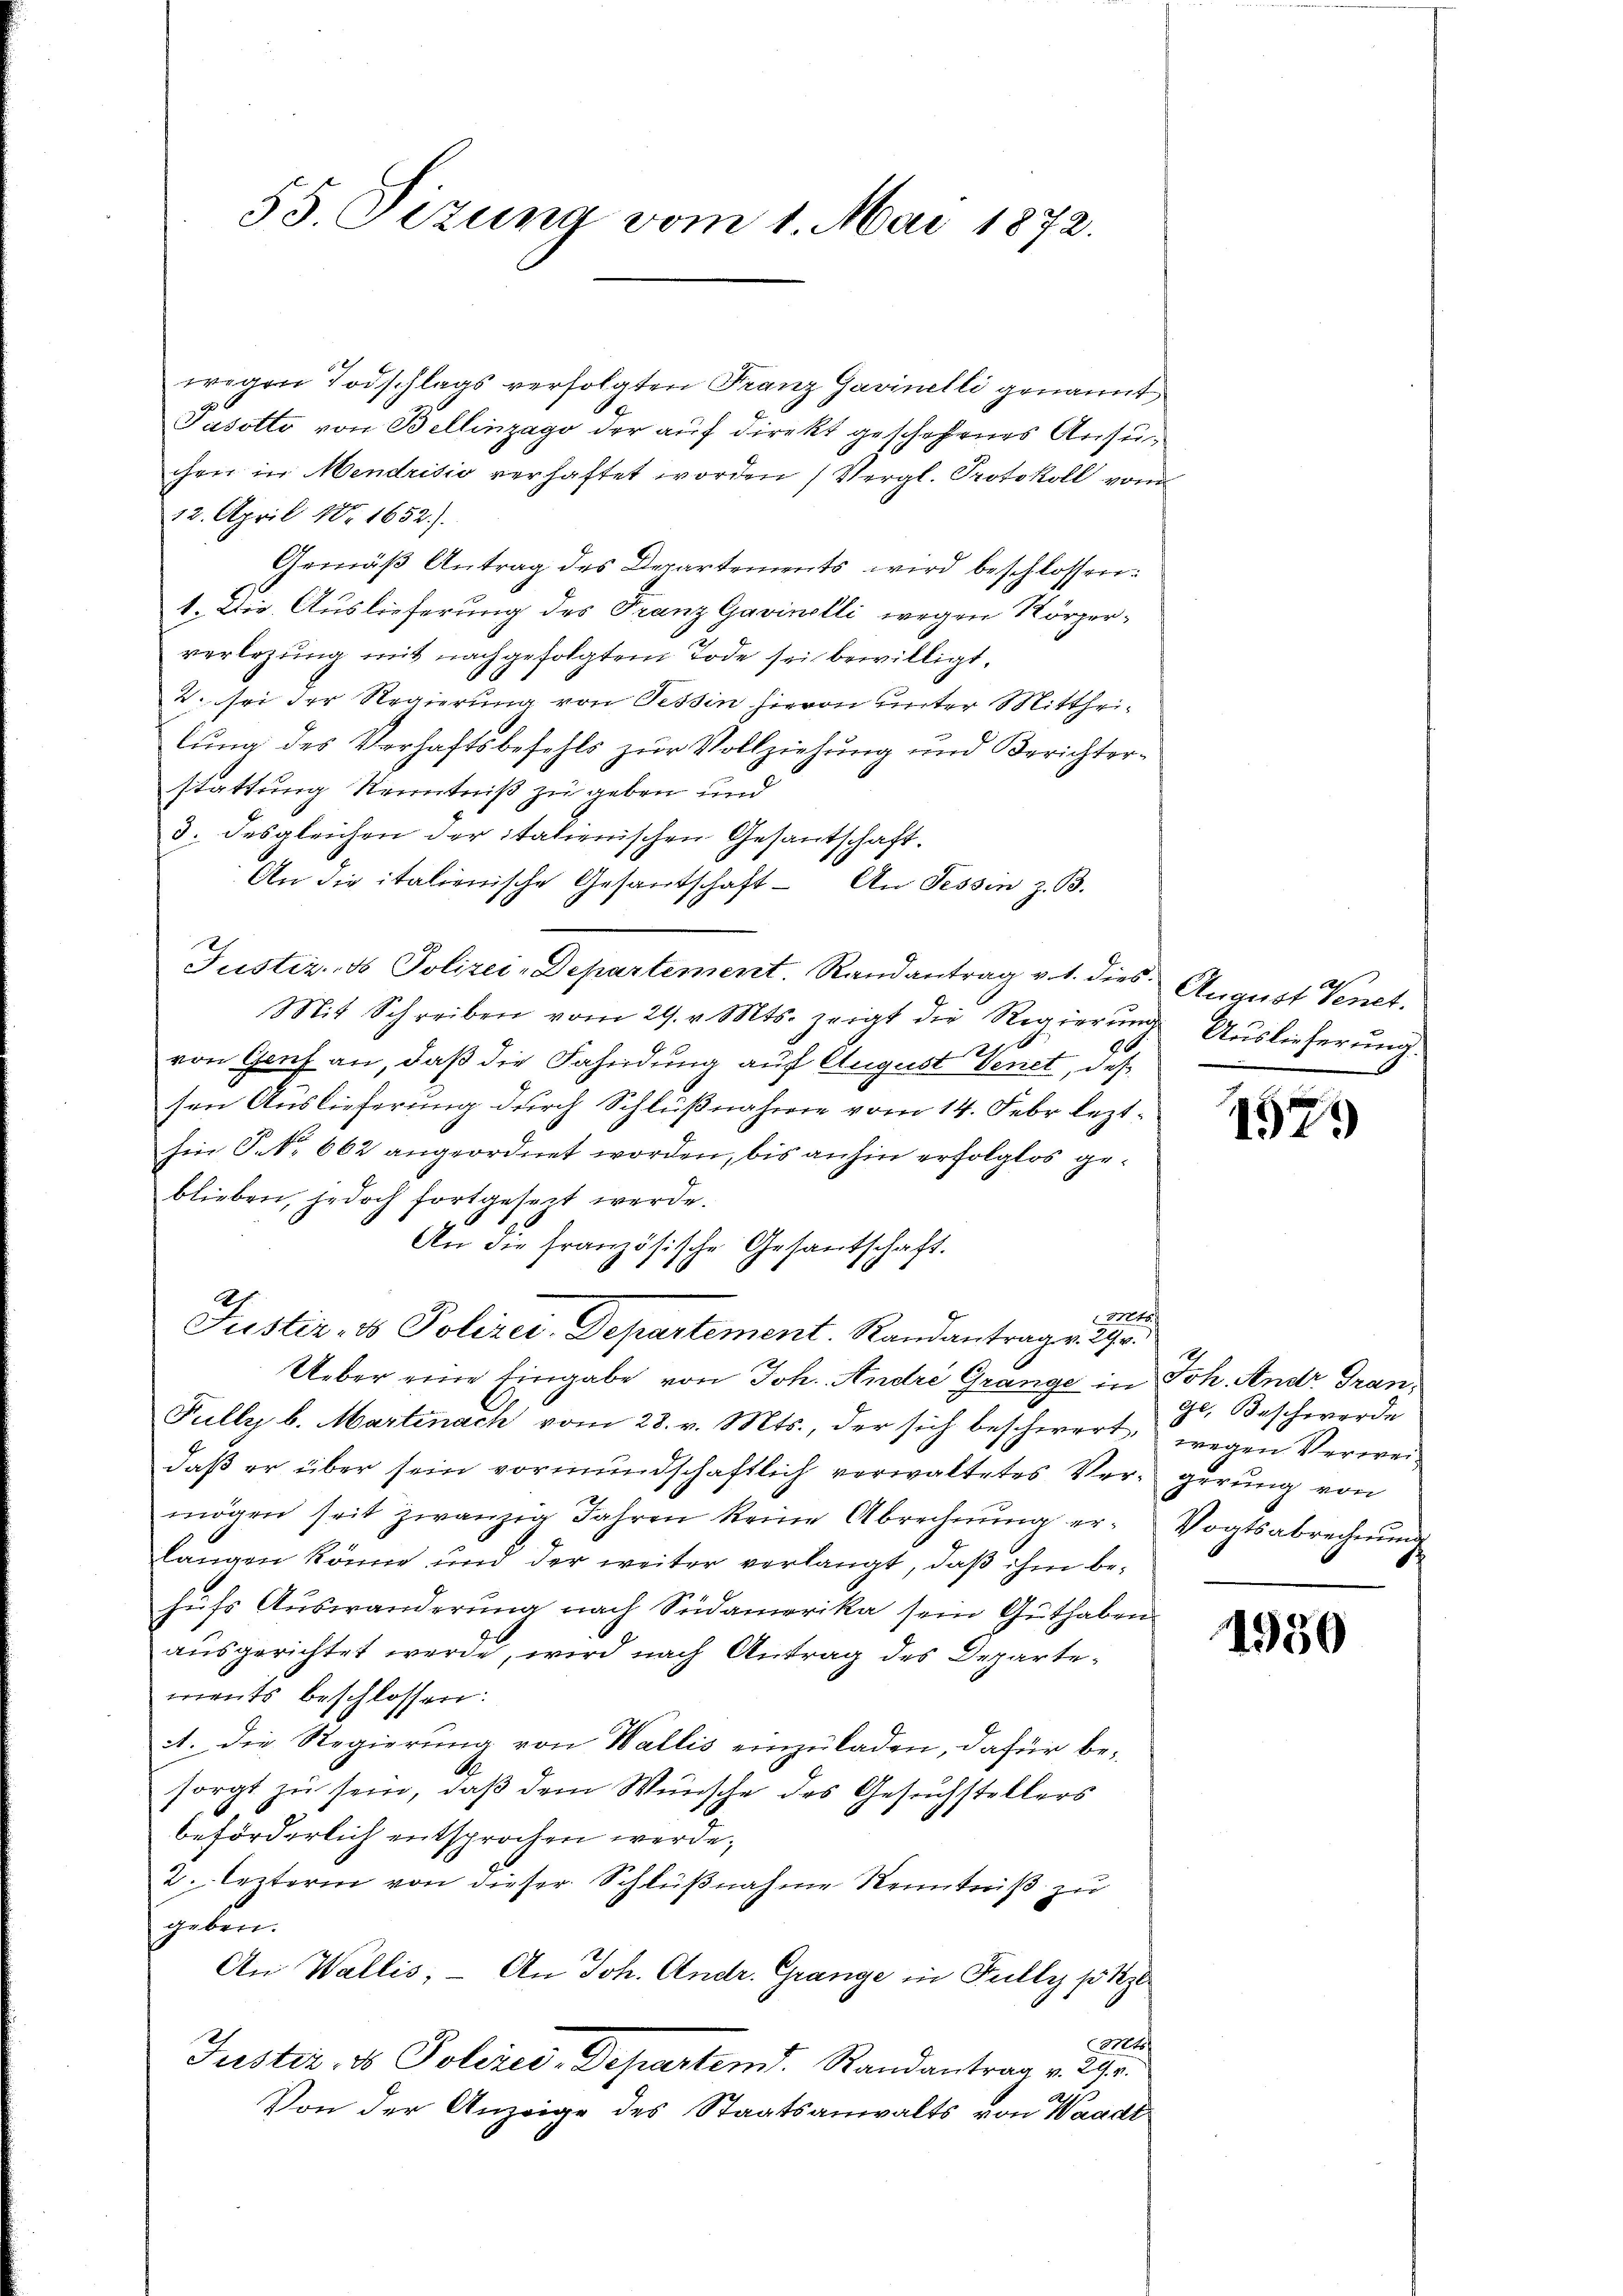
55. Sizung vom 1. Mai 1872.

wegen Todschlags verfolgten Franz Gavinelli genannt
Jasotto von Bellinzago der auf direkt geschehenes Ansuchen in Mendrisio verhaftet worden (Vergl. Protokoll von
12. April 18. 1652).
Gemäß Antrag des Departements wird beschlossen:
1. Die Auslieferung des Franz Gavinelli wegen Körperverlegung mit nachgefolgtem Tode sei bewilligt.
2. sei der Regierung von Tessin hievon unter Mittheilung des Verhaftsbefehls zur Vollziehung und Berichterstattung Kenntniß zu geben und
3. desgleichen der italienischen Gesantschaft.
An die italienische Gesandschaft - An Tessin z. B.
Justiz- & Polizei-Departement. Randantrag v. 1. dies August tenet.
Mit Schreiben vom 29. v. Mts. zeigt die Regierŭng Auslieferŭng.
90
von Genf an, daß die Fahndung auf August Venet, daß
sen Auslieferung durch Schlußnahme vom 14. Febr. lezthin Frk. 662 angeordnet worden, bis anhin erfolglos geblieben, jedoch fortgesezt werde.
An die französische Gesantschaft.
2.
l
Justiz- & Polizei-Departement. Randantrage gr
Ueber eine Eingabe von Joh. Andre Grange in Joh. Andr. Gran¬
Fully b. Martinach vom 28. v. Mts., der sich beschwert, wegen Verweidaß er über sein vormundschaftlich verwaltetes Vergerung von
mögen seit zwanzig Jahren keine Abrechnŭng er-Vogtsabrechnŭng
langen könne und der weiter verlangt, daß ihm behŭfs Auswanderung nach Südamerika sein Guthaben
ausgerichtet werde, wird nach Antrag des Departements beschlossen:
A. Die Regierung von Wallis einzuladen, dafür besorgt zu sein, daß dem Wünsche des Gesuchstellers
beförderlich entsprochen werde.
2. lezterm von dieser Schlußnahme Kenntniß zu
geben.
An Wallis, - An Joh. Andr. Grange in Fully p 1
M
Justiz, es Polizey-Departemd. Randantrag v. 290.
.
Von der Anzeige des Staatsanwalts von Waadt

1

1579

h
ge, Beschwerde
.

1950